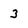
Character: 3